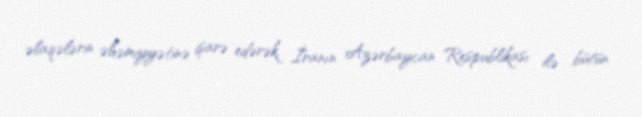
əlaqələrin əhəmiyyətinə işarə edərək, İranın Azərbaycan Respublikası ilə bütün